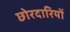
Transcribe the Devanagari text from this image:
छोरदारियों